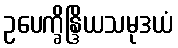
ဥပေက္ခိန္ဒြိယသမုဒယံ